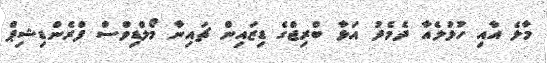
މާލެ އާއި ހުޅުލެއާ ދެމެދު އަޅާ ބްރިޖްގެ ޑިޒައިން ޗައިނާ މޯލްޑިވްސް ފްރެންޑިޝިޕް